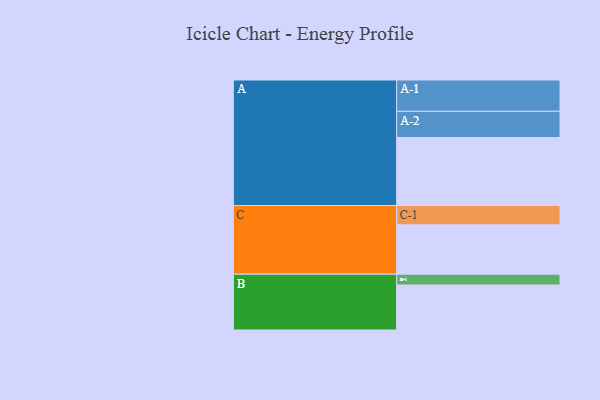
{"axis": {"x": "Segment", "y": "Value"}, "legend": ["", "A", "B", "C"], "data": [{"x": "A", "y": 584, "type": ""}, {"x": "B", "y": 387, "type": ""}, {"x": "C", "y": 424, "type": ""}, {"x": "A-1", "y": 269, "type": "A"}, {"x": "A-2", "y": 226, "type": "A"}, {"x": "B-1", "y": 93, "type": "B"}, {"x": "C-1", "y": 166, "type": "C"}]}